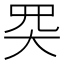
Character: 𡗽